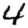
Digit: 4